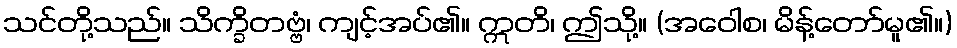
သင်တို့သည်။ သိက္ခိတဗ္ဗံ၊ ကျင့်အပ်၏။ ဣတိ၊ ဤသို့။ (အဝေါစ၊ မိန့်တော်မူ၏။)